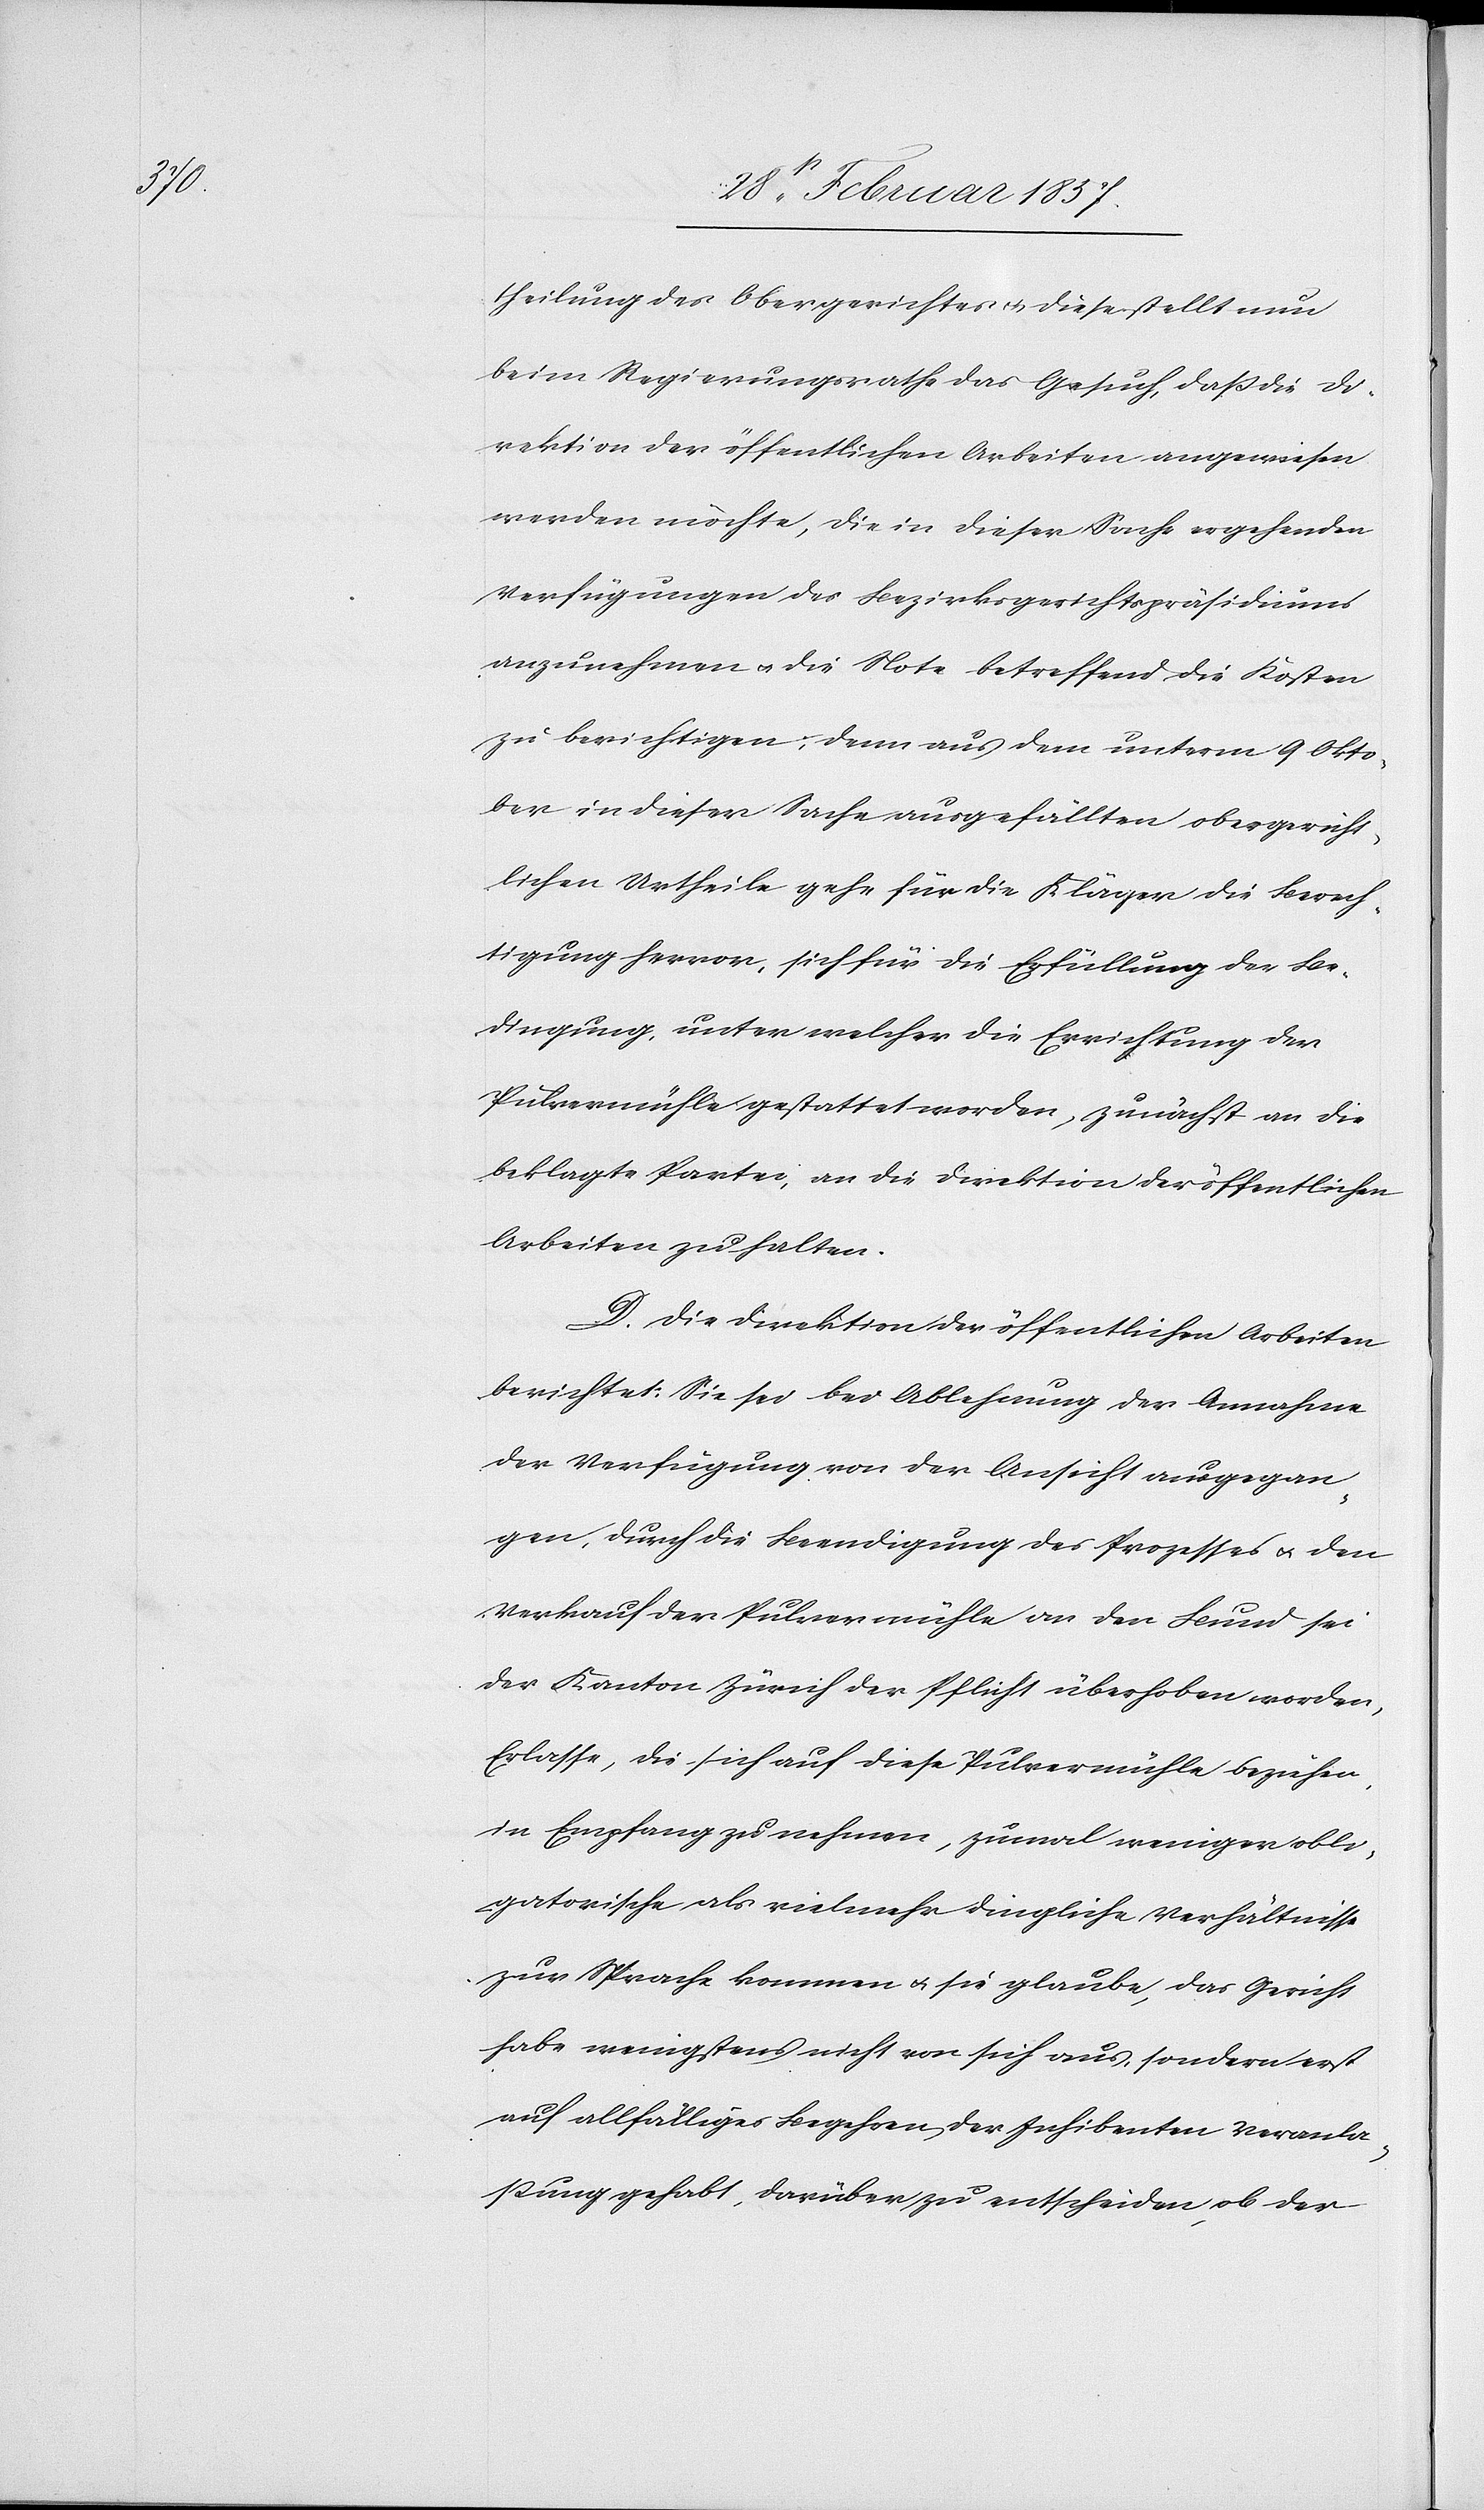
theilung des Obergerichtes u. diese stellt nun
beim Regierungsrathe das Gesuch, daß die Di¬
rektion der öffentlichen Arbeiten angewiesen
werden möchte, die in dieser Sache ergehenden
Verfügungen des Bezirksgerichtspräsidiums
anzunehmen u. die Note betreffend die Kosten
zu berichtigen; denn aus dem unterm 9 Okto¬
ber in dieser Sache ausgefällten obergericht¬
lichen Urtheile gehe für die Kläger die Berech¬
tigung hervor, sich für die Erfüllung der Be¬
dingung, unter welcher die Errichtung der
Pulvermühle gestattet worden, zunächst an die
beklagte Partei, an die Direktion der öffentlichen
Arbeiten zu halten.
D. Die Direktion der öffentlichen Arbeiten
berichtet: Sie sei bei Ablehnung der Annahme
der Verfügung von der Ansicht ausgegan¬
gen, durch die Beendigung des Prozesses u. den
Verkauf der Pulvermühle an den Bund sei
der Kanton Zürich der Pflicht überhoben worden,
Erlasse, die sich auf diese Pulvermühle beziehen,
in Empfang zu nehmen, zumal weniger obli¬
gatorische als vielmehr dingliche Verhältnisse
zur Sprache kommen u. sie glaube, das Gericht
habe wenigstens nicht von sich aus, sondern erst
auf allfällige Begehren der Inhibenten Veranla¬
ßung gehabt, darüber zu entscheiden, ob der